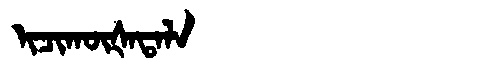
Manchu: ᡳᠴᡳᡴᡡᡧᠠᡨᠠᠯᠠ
Romanization: ICIKŪŠATALA